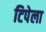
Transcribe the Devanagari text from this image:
टिपेला